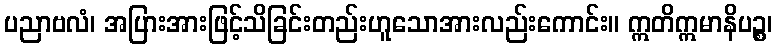
ပညာဗလံ၊ အပြားအားဖြင့်သိခြင်းတည်းဟူသောအားလည်းကောင်း။ ဣတိဣမာနိပဉ္စ၊